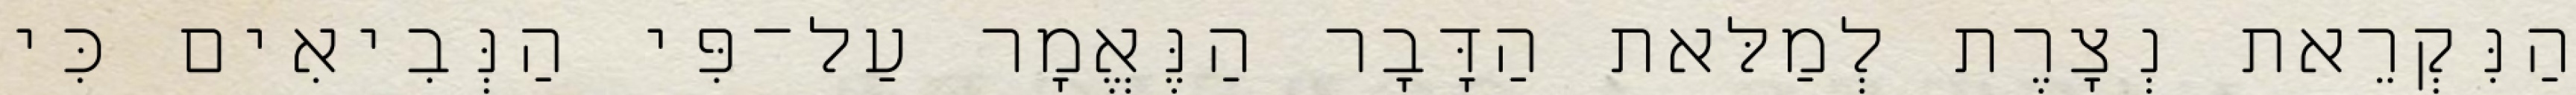
הַנִּקְרֵאת נְצָרֶת לְמַלּאת הַדָּבָר הַנֶּאֱמָר עַל־פִּי הַנְּבִיאִים כִּי